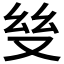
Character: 𢆼